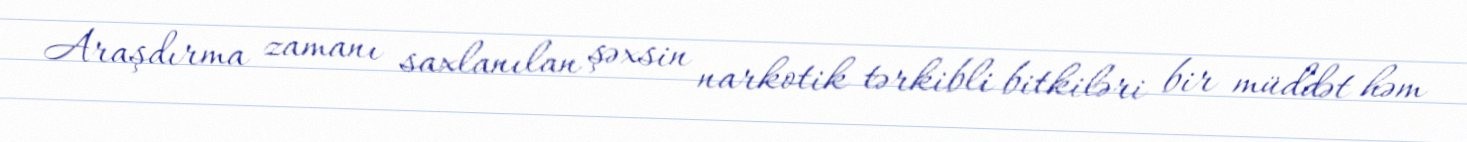
Araşdırma zamanı saxlanılan şəxsin narkotik tərkibli bitkiləri bir müddət həm